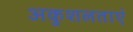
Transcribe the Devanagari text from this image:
अकुशलताएं